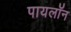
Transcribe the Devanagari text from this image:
पायलॉन